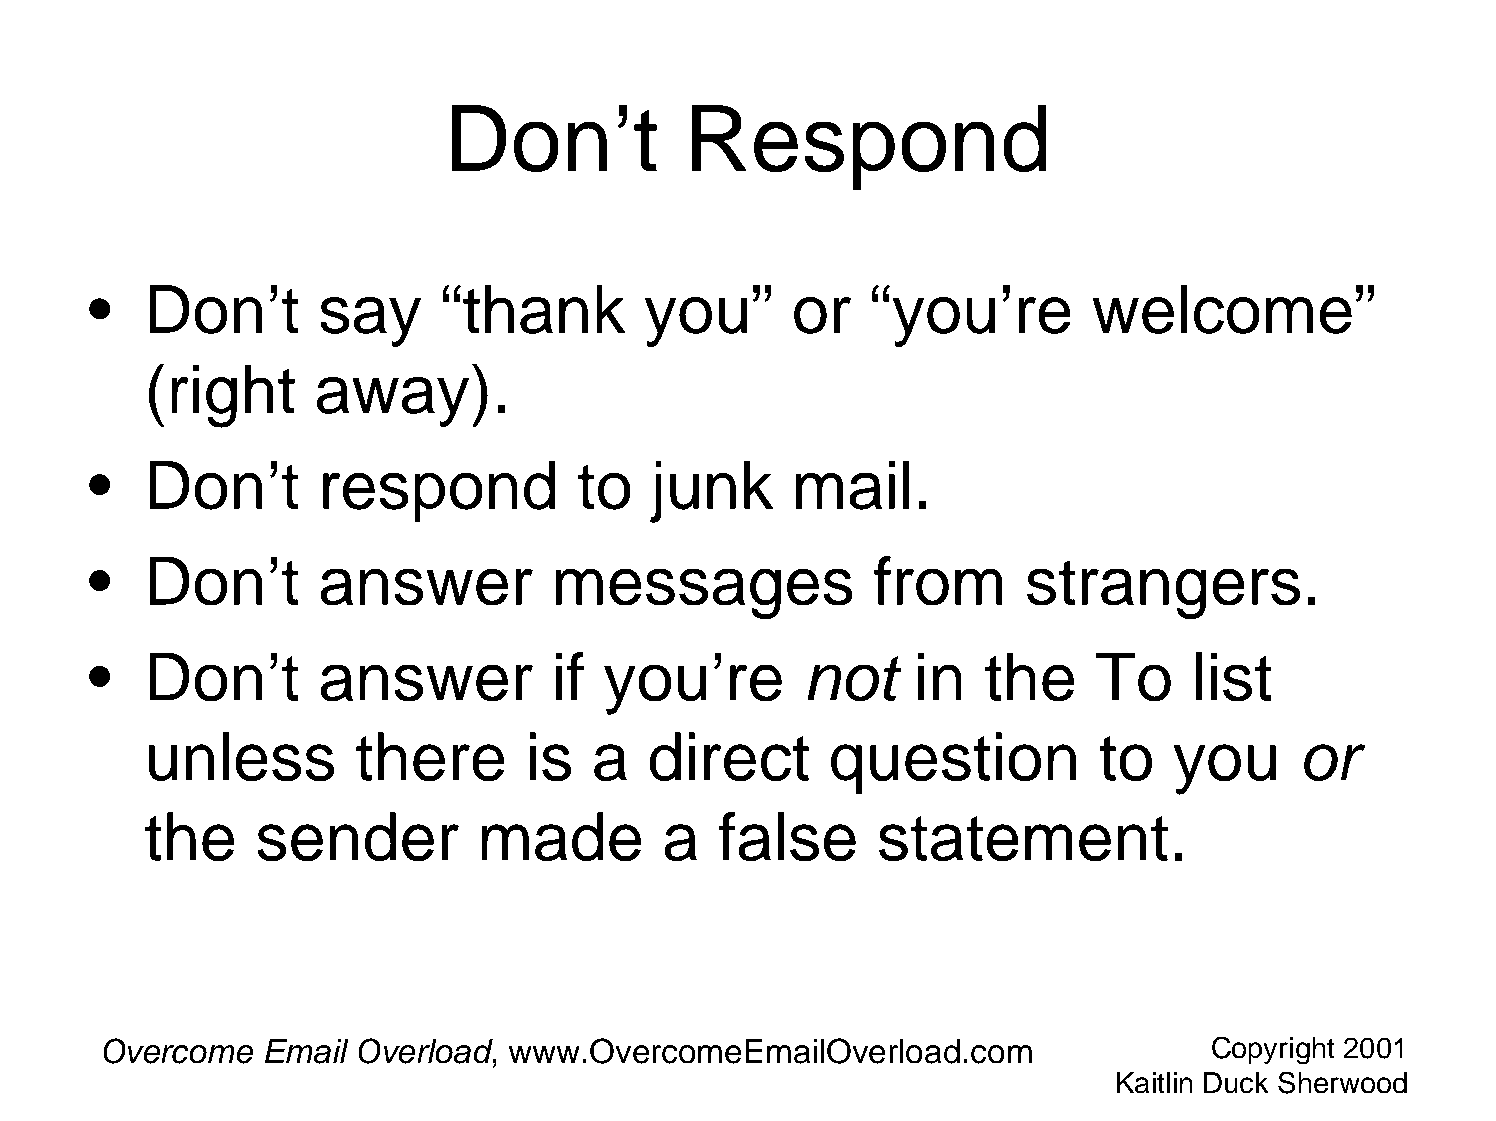
Don’t          Respond
 •   Don’t      say     “thank        you”      or   “you’re       welcome”
 (right     away).
 •   Don’t      respond          to   junk      mail.
 •   Don’t      answer          messages             from      strangers.
 •   Don’t      answer          if you’re       not     in  the     To    list
 unless        there      is  a   direct      question          to   you     or
 the    sender         made        a   false     statement.
 Overcome  Email  Overload, www.OvercomeEmailOverload.com                 Copyright 2001
 Kaitlin Duck Sherwood